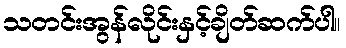
သတင်းအွန်လိုင်းနှင့်ချိတ်ဆက်ပါ။